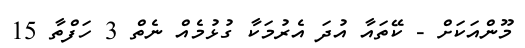
މޫންއަކަށް - ކޭތައާ އުދަ އެރުމަކާ ގުޅުމެއް ނެތް 3 ހަފްތާ 15